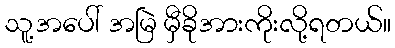
သူ့အပေါ် အမြဲ မှီခိုအားကိုးလို့ရတယ်။